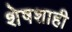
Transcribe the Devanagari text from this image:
शेषशाही